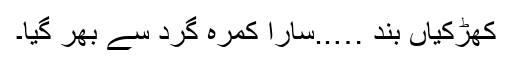
کھڑکیاں بند …..سارا کمرہ گرد سے بھر گیا۔